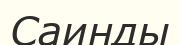
Саинды